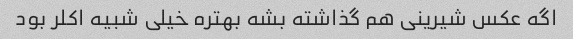
اگه عکس شیرینی هم گذاشته بشه بهتره خیلی شبیه اکلر بود